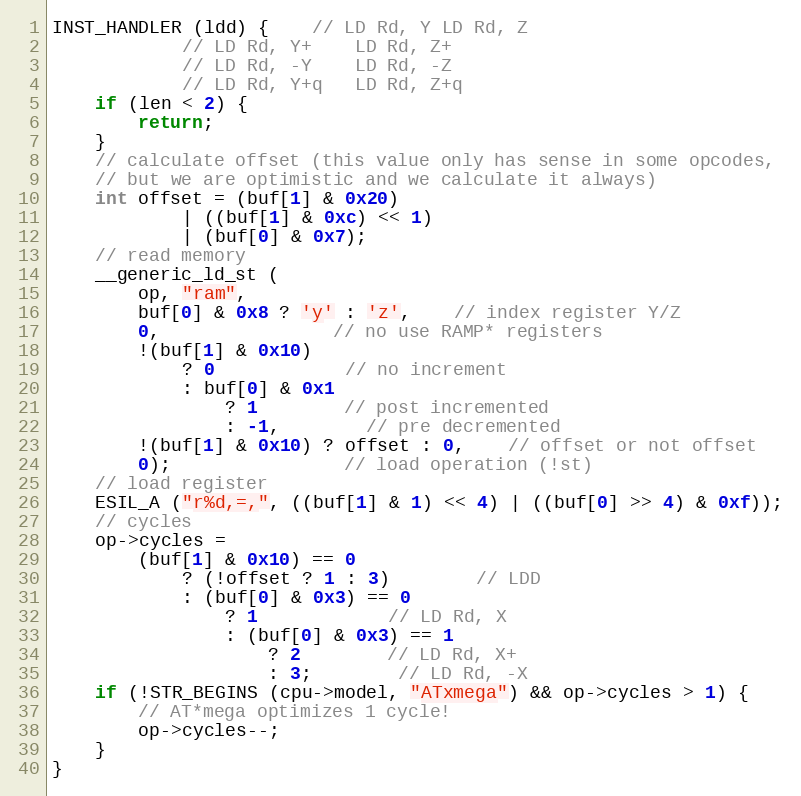
Language: C
INST_HANDLER (ldd) {	// LD Rd, Y	LD Rd, Z
			// LD Rd, Y+	LD Rd, Z+
			// LD Rd, -Y	LD Rd, -Z
			// LD Rd, Y+q	LD Rd, Z+q
	if (len < 2) {
		return;
	}
	// calculate offset (this value only has sense in some opcodes,
	// but we are optimistic and we calculate it always)
	int offset = (buf[1] & 0x20)
			| ((buf[1] & 0xc) << 1)
			| (buf[0] & 0x7);
	// read memory
	__generic_ld_st (
		op, "ram",
		buf[0] & 0x8 ? 'y' : 'z',	// index register Y/Z
		0,				// no use RAMP* registers
		!(buf[1] & 0x10)
			? 0			// no increment
			: buf[0] & 0x1
				? 1		// post incremented
				: -1,		// pre decremented
		!(buf[1] & 0x10) ? offset : 0,	// offset or not offset
		0);				// load operation (!st)
	// load register
	ESIL_A ("r%d,=,", ((buf[1] & 1) << 4) | ((buf[0] >> 4) & 0xf));
	// cycles
	op->cycles =
		(buf[1] & 0x10) == 0
			? (!offset ? 1 : 3)		// LDD
			: (buf[0] & 0x3) == 0
				? 1			// LD Rd, X
				: (buf[0] & 0x3) == 1
					? 2		// LD Rd, X+
					: 3;		// LD Rd, -X
	if (!STR_BEGINS (cpu->model, "ATxmega") && op->cycles > 1) {
		// AT*mega optimizes 1 cycle!
		op->cycles--;
	}
}